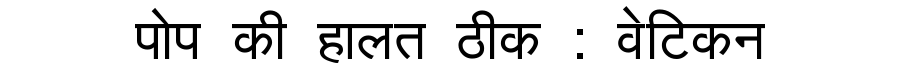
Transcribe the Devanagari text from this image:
पोप की हालत ठीक : वेटिकन